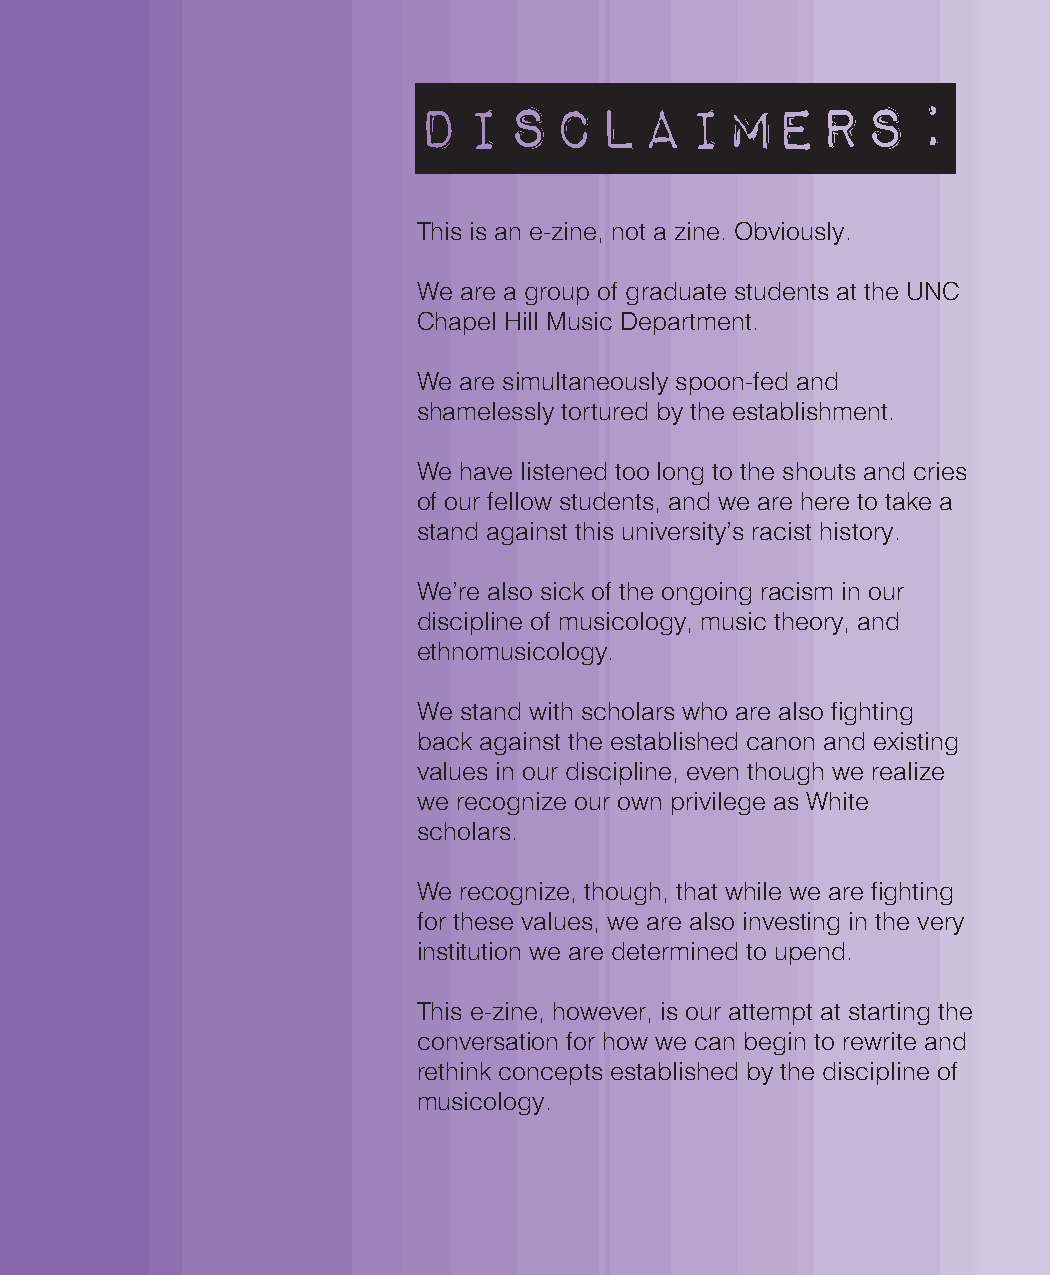
Disclaimers:
 This is an e-zine, not a zine. Obviously.
 We are a group of graduate students at the UNC
 Chapel Hill Music Department.
 We are simultaneously spoon-fed and
 shamelessly tortured by the establishment.
 We have listened too long to the shouts and cries
 of our fellow students, and we are here to take a
 stand against this university’s racist history.
 We’re also sick of the ongoing racism in our
 discipline of musicology, music theory, and
 ethnomusicology.
 We stand with scholars who are also fighting
 back against the established canon and existing
 values in our discipline, even though we realize
 we recognize our own privilege as White
 scholars.
 We recognize, though, that while we are fighting
 for these values, we are also investing in the very
 institution we are determined to upend.
 This e-zine, however, is our attempt at starting the
 conversation for how we can begin to rewrite and
 rethink concepts established by the discipline of
 musicology.